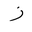
Letter: _zay